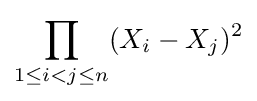
\prod _{1\leq i<j\leq n}(X_{i}-X_{j})^{2}